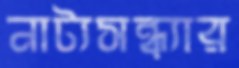
নাট্যসন্ধ্যার